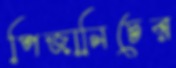
পিজানিচের